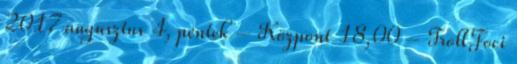
2017 augusztus 4, péntek – Központ 18,00 – TrollFoci